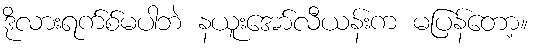
ဒိုလားရက်စ်မပါဘဲ နယူးအော်လီယန်းက မပြန်တော့။